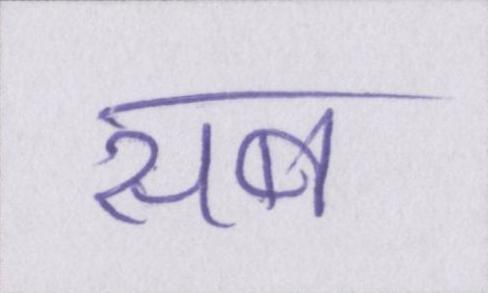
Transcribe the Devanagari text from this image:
सब